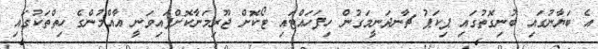
އެ ބަޔާނުގައި ބުނިގޮތުގައި ޕިކަޕު ޗާނދަނީމަގުން ހިފަހައްޓައި ޓޯކޮށް ޖޫރިމަނާކޮށްފައިވަނީ އާއްމުންގެ ހިތްތަކުގައި